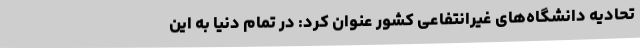
تحادیه دانشگاه‌های غیرانتفاعی کشور عنوان کرد: در تمام دنیا به این